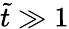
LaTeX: \tilde{t}\gg 1